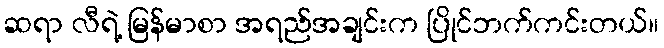
ဆရာ လီရဲ့ မြန်မာစာ အရည်အချင်းက ပြိုင်ဘက်ကင်းတယ်။